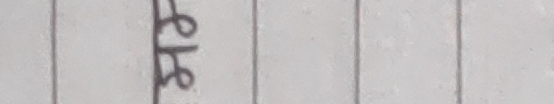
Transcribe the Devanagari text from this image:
शि